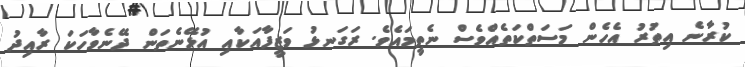
ކުރާނެ އިތުރު އެހެން މަސަތްކަތެއްވެސް ނެތީމައެވެ. ރަގަނޅު ވަޒީފާއަކާއި އުޅޭނެތަން ދޭނެވާހަކަ ރާއިދު